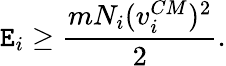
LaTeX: \mathtt{E}_{i}\ge\frac{{mN_{i}(v_{i}^{CM})^{2}}}{{2}}.